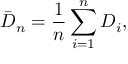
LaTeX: { \bar { D } } _ { n } = { \frac { 1 } { n } } \sum _ { i = 1 } ^ { n } D _ { i } ,